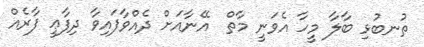
ތުނބުޅި ބާލާ މީހާ އެވަނީ މާތް  އޭނާއަށް ދެއްވާފައިވާ ދިފާޢީ ފާރެއް